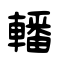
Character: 轓